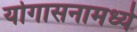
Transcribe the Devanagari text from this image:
योगासनामध्ये